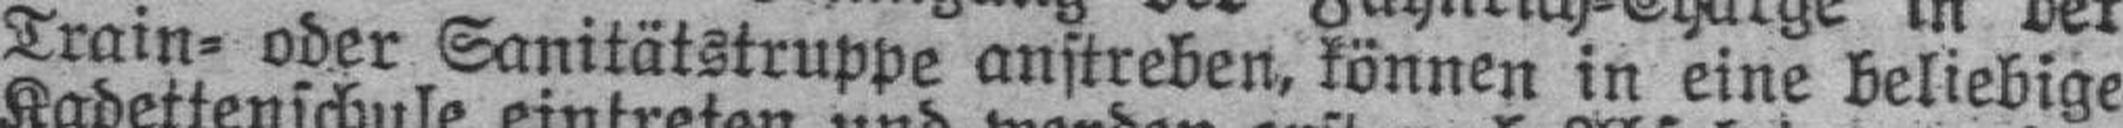
Train= oder Sanitätstruppe anstreben, können in eine beliebige